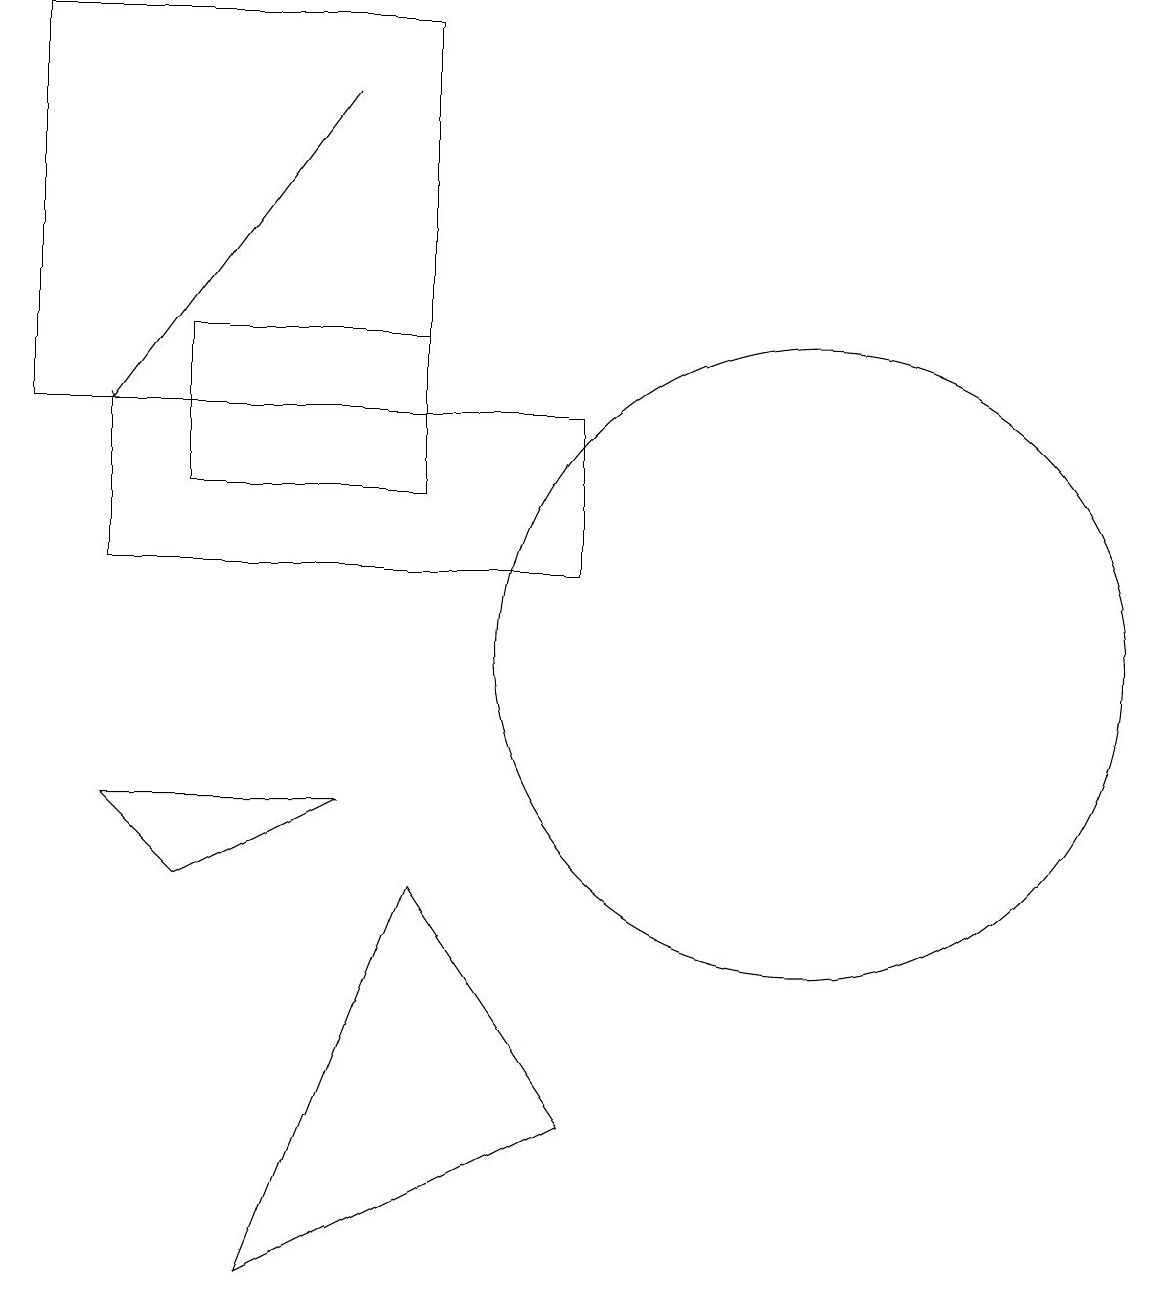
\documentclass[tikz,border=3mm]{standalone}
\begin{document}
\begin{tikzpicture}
\draw (10,11) circle (0);
\draw (7,13) rectangle (4,15);
\draw (9,5) -- (7,8) -- (5,3) -- cycle;
\draw (12,11) circle (4);
\draw (7,19) rectangle (2,14);
\draw (3,9) -- (6,9) -- (4,8) -- cycle;
\draw (3,12) rectangle (9,14);
\draw[->] (6,18) -- (3,14);
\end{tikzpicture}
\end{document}